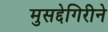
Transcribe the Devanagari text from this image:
मुसद्देगिरीने